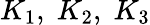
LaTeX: K_{1},\; K_{2},\; K_{3}